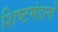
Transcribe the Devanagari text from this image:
शिष्‍टमंडलों